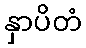
နှာပိတံ